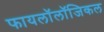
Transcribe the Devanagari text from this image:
फायलॉलॉजिकल